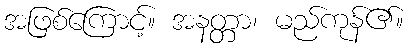
အဖြစ်ကြောင့်။ အနတ္တာ၊ မည်ကုန်၏။